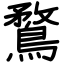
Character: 鶩